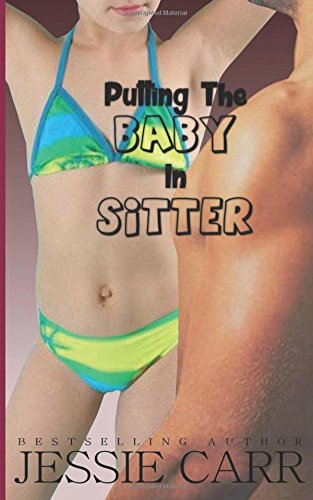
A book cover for Putting The Baby In Sitter; Jessie Carr; Romance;